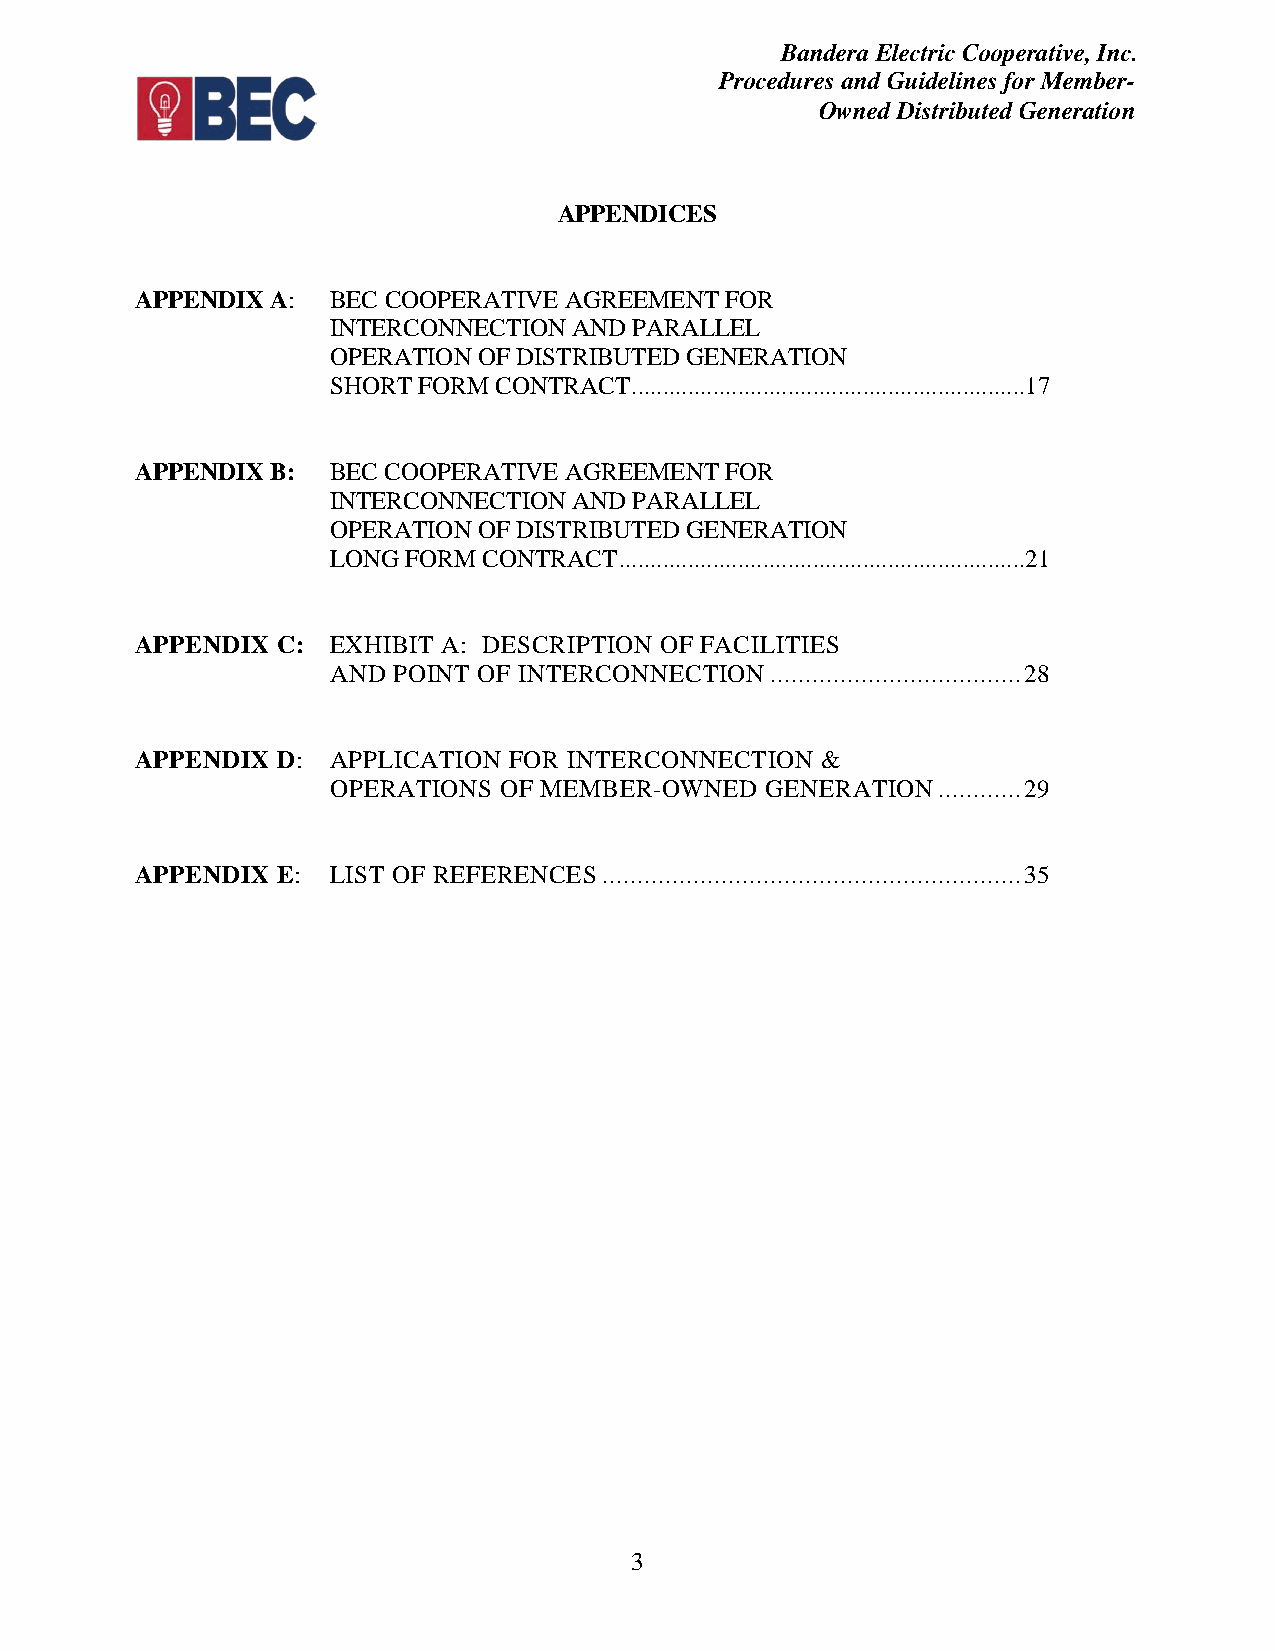
Bandera Electric Cooperative, Inc.
 Procedures and Guidelines for Member-
 Owned Distributed Generation
 APPENDICES
 APPENDIX A:  BEC COOPERATIVE AGREEMENT FOR
 INTERCONNECTION AND PARALLEL
 OPERATION OF DISTRIBUTED GENERATION
 SHORT FORM CONTRACT ...............................................................17
 APPENDIX B:  BEC COOPERATIVE AGREEMENT FOR
 INTERCONNECTION AND PARALLEL
 OPERATION OF DISTRIBUTED GENERATION
 LONG FORM CONTRACT .................................................................21
 APPENDIX C:  EXHIBIT A: DESCRIPTION OF FACILITIES
 AND POINT OF INTERCONNECTION .................................... 28
 APPENDIX D:  APPLICATION FOR INTERCONNECTION &
 OPERATIONS OF MEMBER-OWNED   GENERATION ............ 29
 APPENDIX E:  LIST OF REFERENCES ............................................................ 35
 3